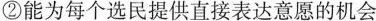
②能为每个选民提供直接表达意愿的机会